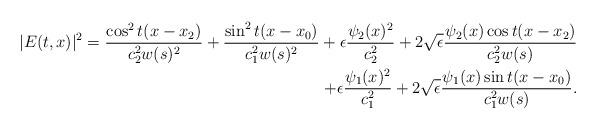
LaTeX: \begin{align*} |E (t,x) |^2 = \frac{\cos ^2 t(x- x_2)}{c_2^2 w(s)^2} + \frac{\sin ^2 t(x- x_0)}{c_1^2 w(s)^2} + \epsilon \frac{\psi_2(x)^2}{c_2^2} + 2\sqrt{\epsilon} \frac{ \psi_2(x) \cos t(x-x_2) }{c_2^2 w(s)} \\ + \epsilon \frac{\psi _1(x)^2}{c_1^2} + 2\sqrt{\epsilon} \frac{ \psi_1 (x) \sin t(x-x_0) }{c_1^2 w(s)}.\end{align*}